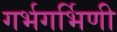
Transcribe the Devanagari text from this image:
गर्भगर्भिणी